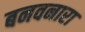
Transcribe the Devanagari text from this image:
बनवनारा